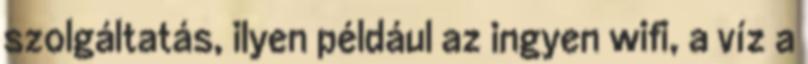
szolgáltatás, ilyen például az ingyen wifi, a víz a